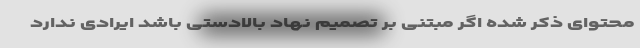
محتوای ذکر شده اگر مبتنی بر تصمیم نهاد بالادستی باشد ایرادی ندارد